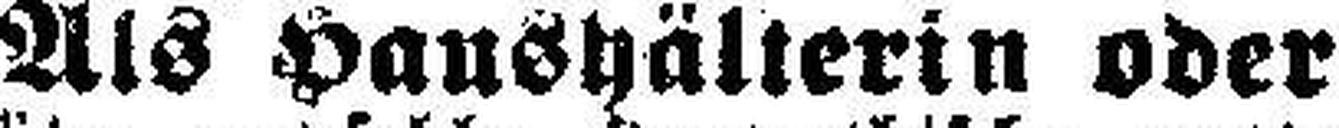
Als Haushälterin oder